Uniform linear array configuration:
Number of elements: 48
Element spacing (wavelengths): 0.25
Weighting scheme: uniform
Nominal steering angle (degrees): -60
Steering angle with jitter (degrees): -60.633
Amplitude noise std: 0.05
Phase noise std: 0.05

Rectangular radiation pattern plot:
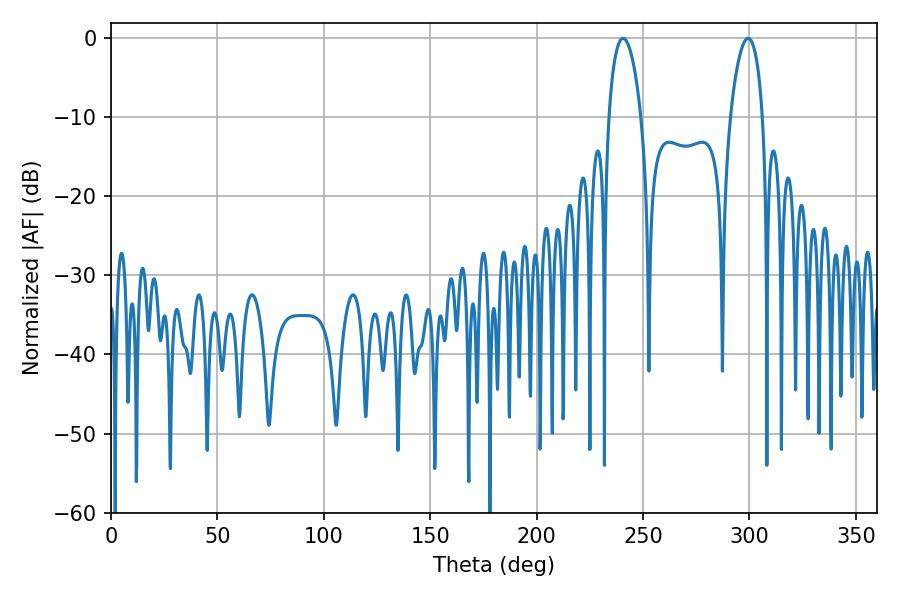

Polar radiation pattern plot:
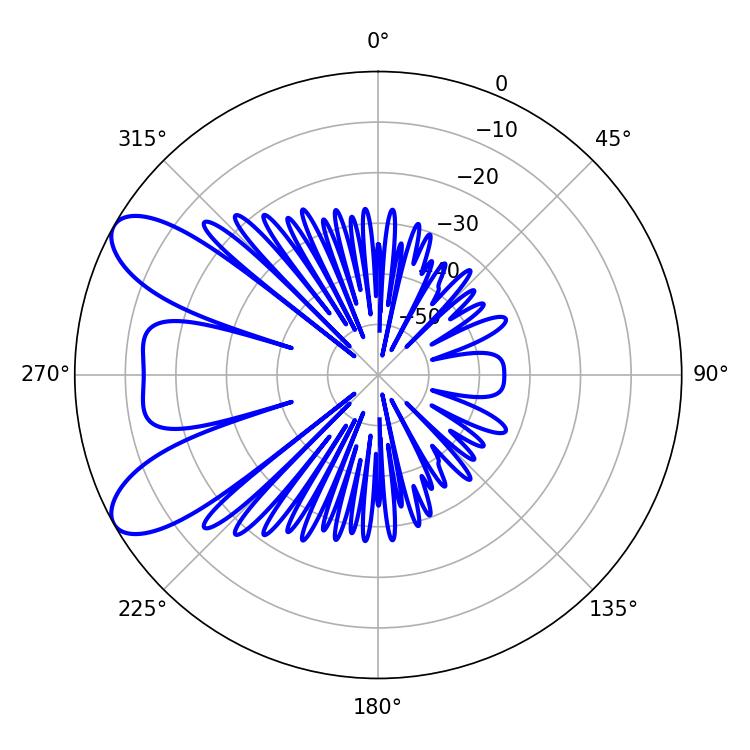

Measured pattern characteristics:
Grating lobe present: FALSE
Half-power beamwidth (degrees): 8.64
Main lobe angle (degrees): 240.66